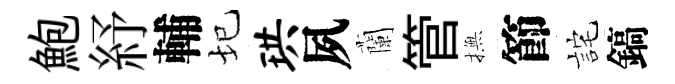
鮑紓輔圮珙夙蘭管撫節詫鎬